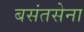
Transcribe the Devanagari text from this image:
बसंतसेना